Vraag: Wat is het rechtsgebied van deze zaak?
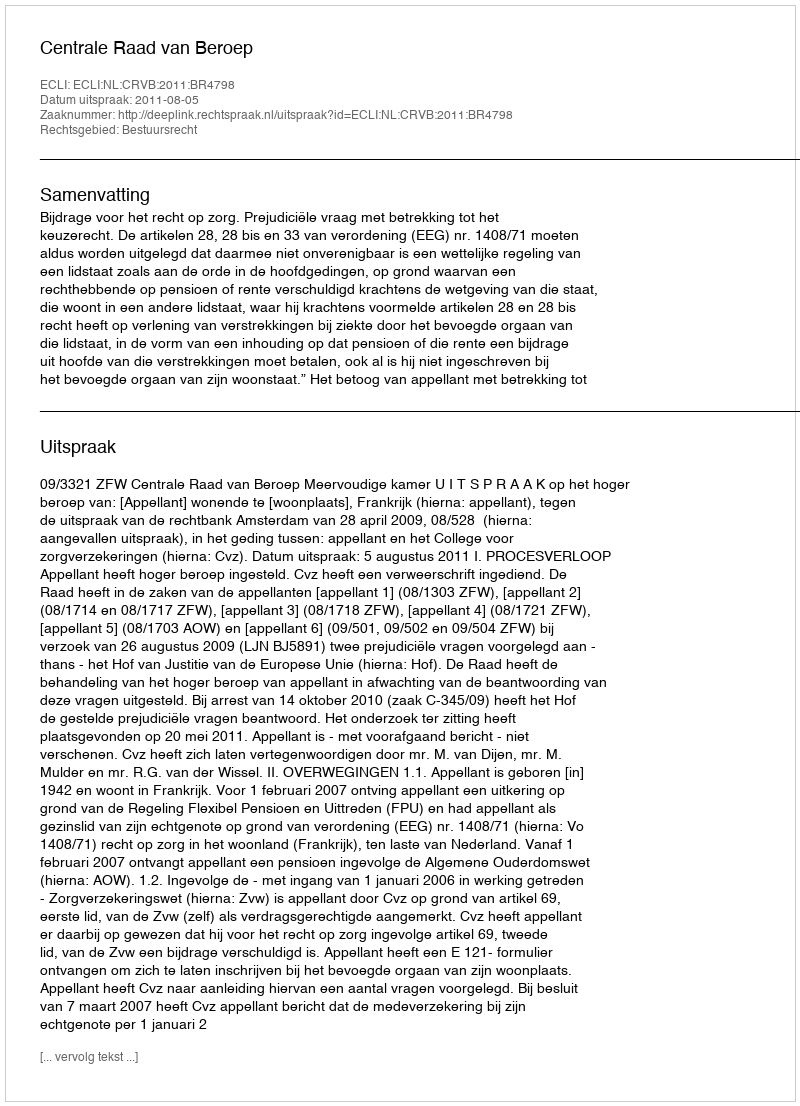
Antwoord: Bestuursrecht